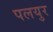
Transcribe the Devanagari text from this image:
पलयुर